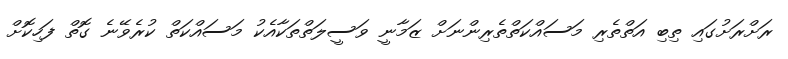
ރަށްރަށުގައި ތިބި އަތްތެރި މަސައްކަތްތެރިންނަށް ޒަމާނީ ވަސީލަތްތަކާއެކު މަސައްކަތް ކުރެވޭނެ ގޮތް ފަހިކޮށް